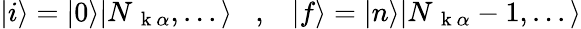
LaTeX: |i\rangle=|0\rangle|N_{\mathrm{~\mathbf~k~}\alpha},...\rangle\; \; \; ,\; \; \; |f\rangle=|n\rangle|N_{\mathrm{~\mathbf~k~}\alpha}-1,...\rangle